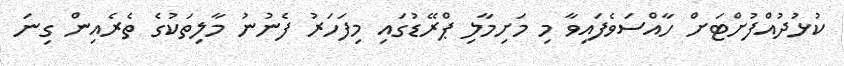
ކުޅުދުއްފުށްޓަށް ހާއްސަވެފައިވާ މި މަށިމާލި ޕްރޭޑުގައި މިފަހަރު ފެނުނު މާލިތަކުގެ ތެރެއިން ގިނަ